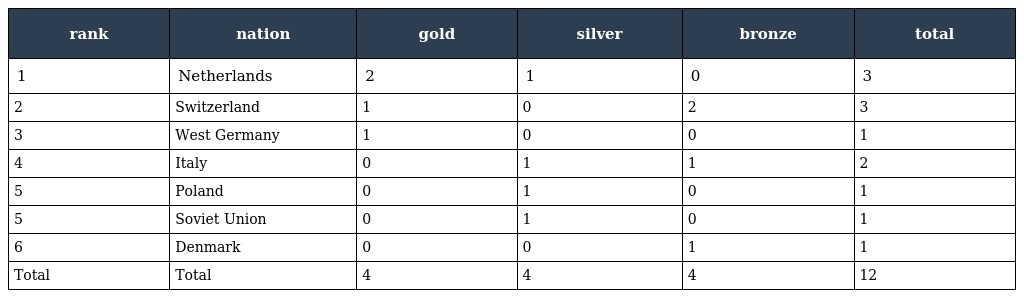
| rank | nation | gold | silver | bronze | total |
 | --- | --- | --- | --- | --- | --- |
 | 1 | Netherlands | 2 | 1 | 0 | 3 |
 | 2 | Switzerland | 1 | 0 | 2 | 3 |
 | 3 | West Germany | 1 | 0 | 0 | 1 |
 | 4 | Italy | 0 | 1 | 1 | 2 |
 | 5 | Poland | 0 | 1 | 0 | 1 |
 | 5 | Soviet Union | 0 | 1 | 0 | 1 |
 | 6 | Denmark | 0 | 0 | 1 | 1 |
 | Total | Total | 4 | 4 | 4 | 12 |